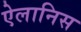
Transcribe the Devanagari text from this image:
ऐलानिस